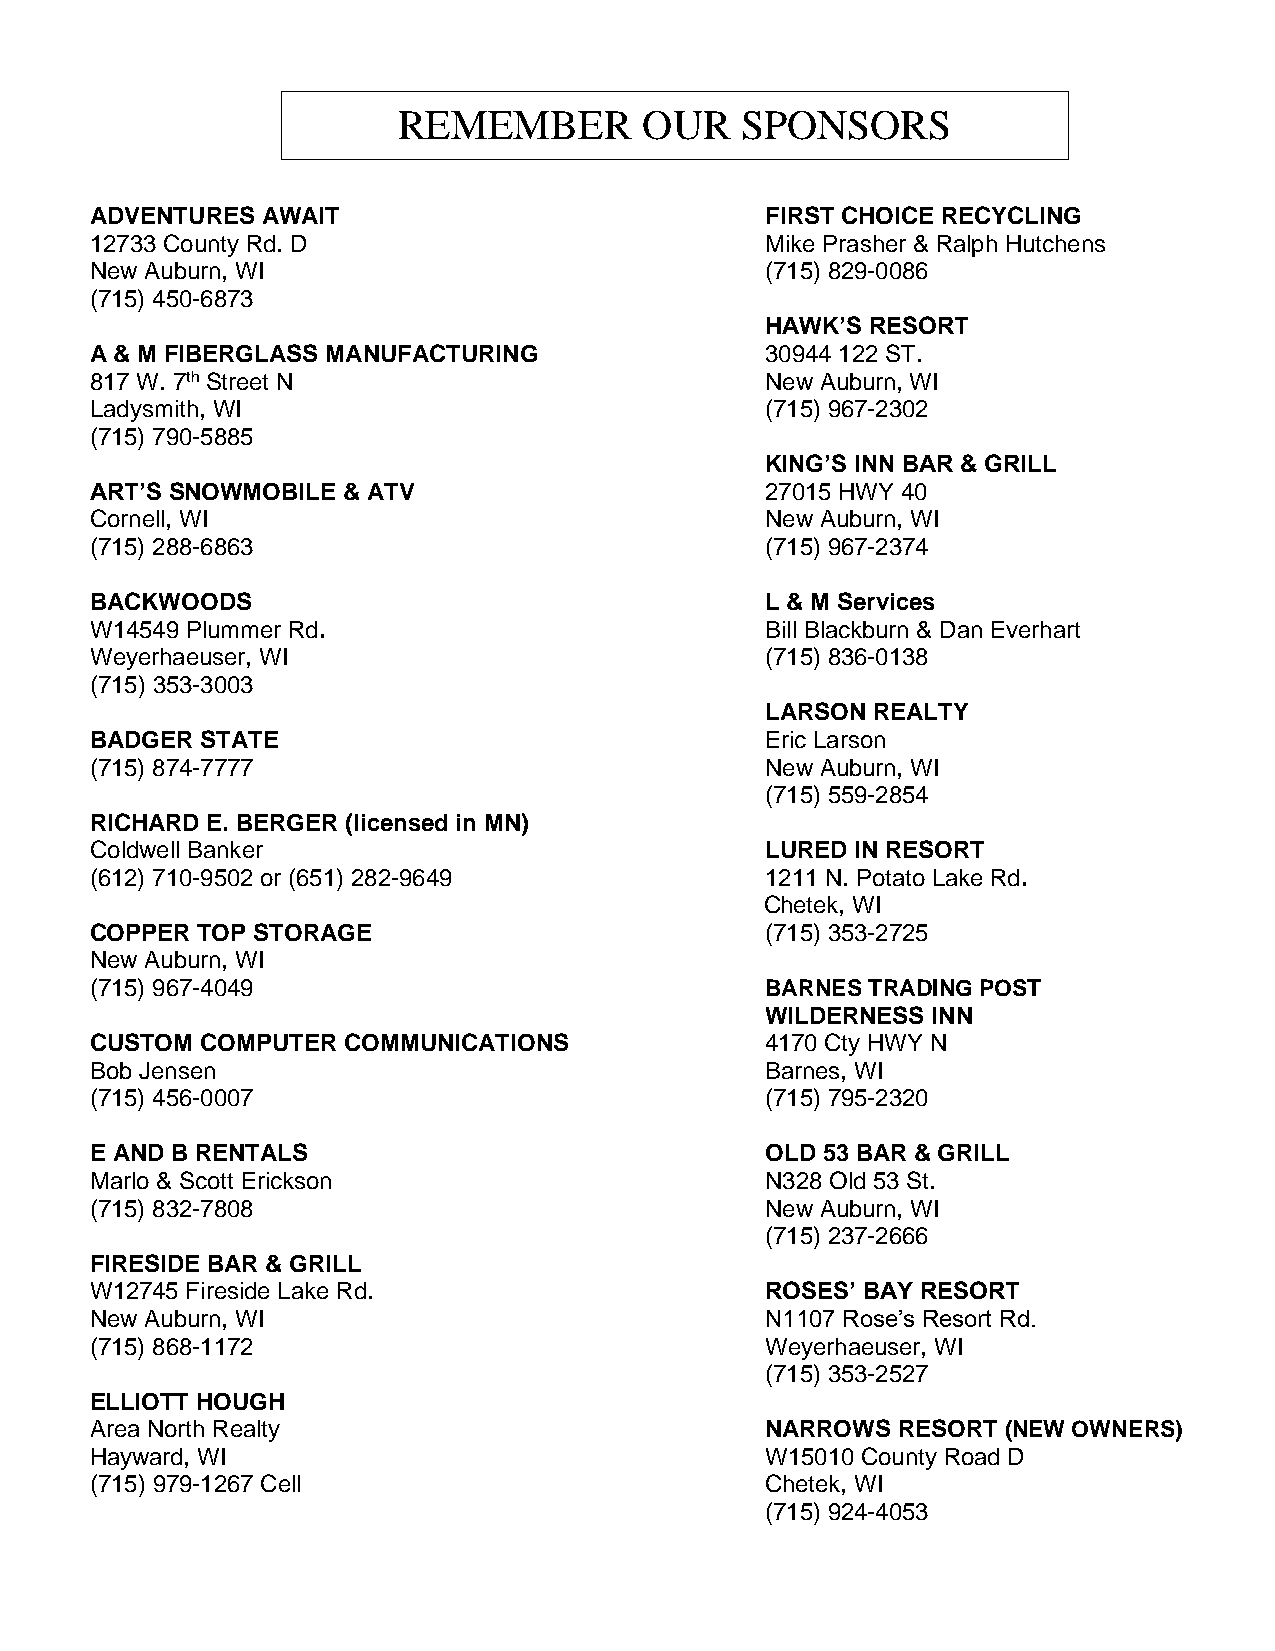
REMEMBER         OUR   SPONSORS
 ADVENTURES AWAIT                             FIRST CHOICE RECYCLING
 12733 County Rd. D                           Mike Prasher & Ralph Hutchens
 New Auburn, WI                               (715) 829-0086
 (715) 450-6873
 HAWK’S RESORT
 A & M FIBERGLASS MANUFACTURING               30944 122 ST.
 817 W. 7th Street N                          New Auburn, WI
 Ladysmith, WI                                (715) 967-2302
 (715) 790-5885
 KING’S INN BAR & GRILL
 ART’S SNOWMOBILE & ATV                       27015 HWY 40
 Cornell, WI                                  New Auburn, WI
 (715) 288-6863                               (715) 967-2374
 BACKWOODS                                    L & M Services
 W14549 Plummer Rd.                           Bill Blackburn & Dan Everhart
 Weyerhaeuser, WI                             (715) 836-0138
 (715) 353-3003
 LARSON REALTY
 BADGER STATE                                 Eric Larson
 (715) 874-7777                               New Auburn, WI
 (715) 559-2854
 RICHARD E. BERGER (licensed in MN)
 Coldwell Banker                              LURED IN RESORT
 (612) 710-9502 or (651) 282-9649             1211 N. Potato Lake Rd.
 Chetek, WI
 COPPER TOP STORAGE                           (715) 353-2725
 New Auburn, WI
 (715) 967-4049                               BARNES TRADING POST
 WILDERNESS INN
 CUSTOM COMPUTER  COMMUNICATIONS              4170 Cty HWY N
 Bob Jensen                                   Barnes, WI
 (715) 456-0007                               (715) 795-2320
 E AND B RENTALS                              OLD 53 BAR & GRILL
 Marlo & Scott Erickson                       N328 Old 53 St.
 (715) 832-7808                               New Auburn, WI
 (715) 237-2666
 FIRESIDE BAR & GRILL
 W12745 Fireside Lake Rd.                     ROSES’ BAY RESORT
 New Auburn, WI                               N1107 Rose’s Resort Rd.
 (715) 868-1172                               Weyerhaeuser, WI
 (715) 353-2527
 ELLIOTT HOUGH
 Area North Realty                            NARROWS RESORT  (NEW OWNERS)
 Hayward, WI                                  W15010 County Road D
 (715) 979-1267 Cell                          Chetek, WI
 (715) 924-4053